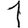
Digit: 1